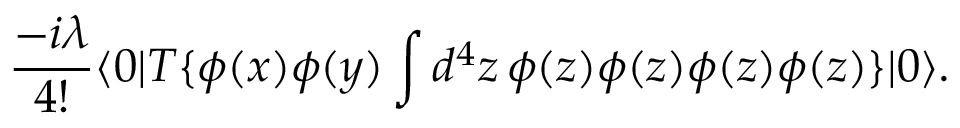
{ \frac { - i \lambda } { 4 ! } } \langle 0 | T \{ \phi ( x ) \phi ( y ) \int d ^ { 4 } z \, \phi ( z ) \phi ( z ) \phi ( z ) \phi ( z ) \} | 0 \rangle .